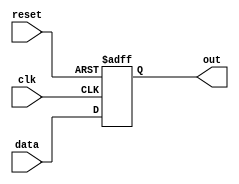
module async_reset_behavioral (
    input wire clk,        // Clock signal
    input wire reset,      // Asynchronous reset signal
    input wire [7:0] data, // Example data input
    output reg [7:0] out   // Example output register
);

// Asynchronous reset and normal operation
always @(posedge clk or posedge reset) begin
    if (reset) begin
        // Reset condition: set output to reset value (e.g., 0)
        out <= 8'b0; // Initialize output to 0 on reset
    end else begin
        // Normal operation: update output based on input data
        out <= data; // Update output with input data on clock edge
    end
end

endmodule